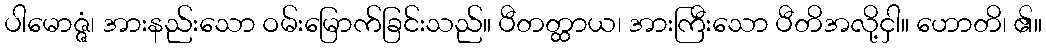
ပါမောဇ္ဇံ၊ အားနည်းသော ဝမ်းမြောက်ခြင်းသည်။ ပီတတ္ထာယ၊ အားကြီးသော ပီတိအလို့ငှါ။ ဟောတိ၊ ၏။